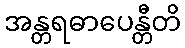
အန္တရဓာပေန္တီတိ